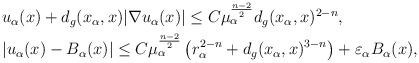
LaTeX: \begin{align*}&u_\alpha(x) +d_g(x_\alpha,x)|\nabla u_\alpha(x)|\leq C\mu_\alpha^{\frac{n-2}{2}} d_g(x_\alpha,x)^{2-n}, \\&|u_\alpha(x)-B_\alpha(x)|\leq C\mu_\alpha^{\frac{n-2}{2}}\left(r_\alpha^{2-n}+d_g(x_\alpha,x)^{3-n} \right)+\varepsilon_\alpha B_\alpha(x),\end{align*}